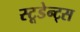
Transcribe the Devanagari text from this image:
स्टूडेन्ट्स